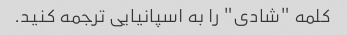
کلمه "شادی" را به اسپانیایی ترجمه کنید.